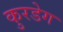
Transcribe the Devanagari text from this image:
कुरडेग